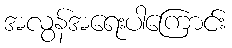
အလွန်အရေးပါကြောင်း